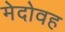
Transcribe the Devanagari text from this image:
मेदोवह